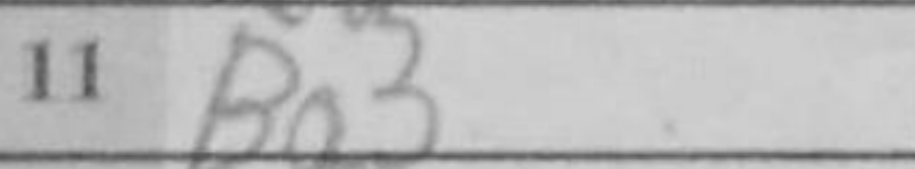
Transcription: Bg3